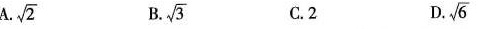
A. $$\sqrt{2}$$ B. $$\sqrt{3}$$ C.2 D. $$\sqrt{6}$$